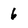
Character: 6